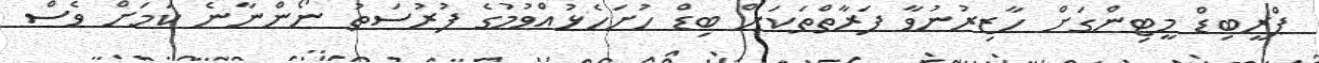
ޕްރީބިޑް މީޓިންގަށް ހާޒިރުނުވާ ފަރާތްތަކަށް ބިޑް ހުށަހެޅުއްވުމުގެ ފުރުސަތު ނޯންނާނެ ކަމަށް ވެސް